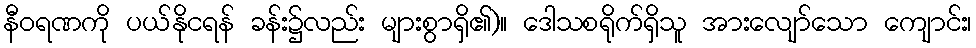
နီဝရဏကို ပယ်နိုငရန် ခန်း၌လည်း များစွာရှိ၏)။ ဒေါသစရိုက်ရှိသူ အားလျော်သော ကျောင်း၊